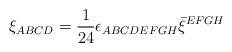
LaTeX: \begin{align*}\xi_{ABCD} = \frac{1}{24} \epsilon_{ABCDEFGH} \bar \xi^{EFGH}\end{align*}